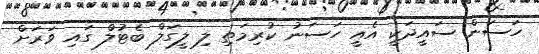
ހަސަން ސައީދަކީ އެއީ ހަސަނު ކުރިމަތި ލި ލީގަލް ބެޓުލް ގައި ވަރަށް